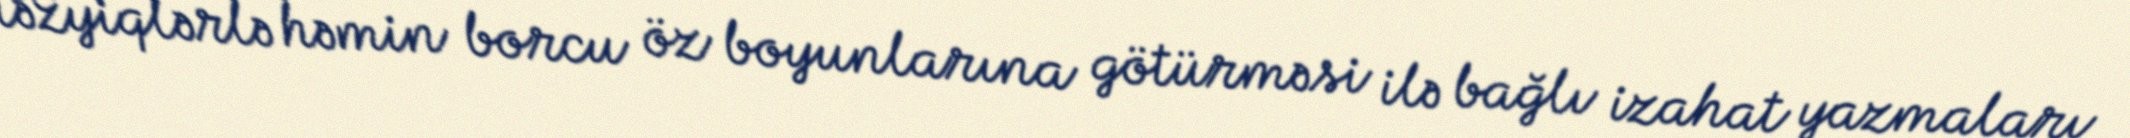
təzyiqlərlə həmin borcu öz boyunlarına götürməsi ilə bağlı izahat yazmaları